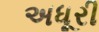
અધૂરી